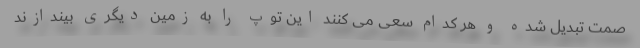
صمت تبدیل شده و هر کدام سعی می کنند این توپ را به زمین دیگری بیندازند